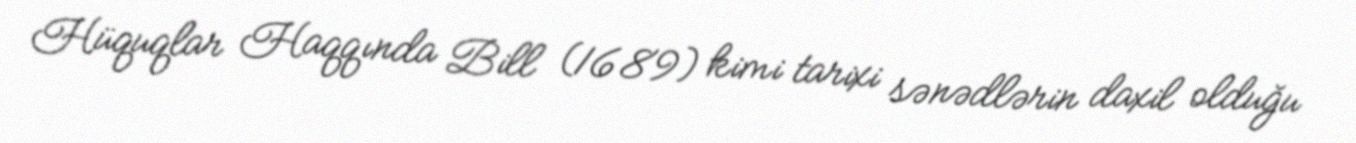
Hüquqlar Haqqında Bill (1689) kimi tarixi sənədlərin daxil olduğu